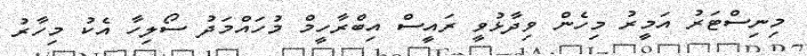
މިނިސްޓަރު އަމީރު މިހެން ވިދާޅުވީ ރައީސް އިބްރާހީމް މުހައްމަދު ސޯލިހާ އެކު މިހާރު